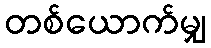
တစ်ယောက်မျှ